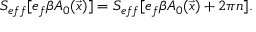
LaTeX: S _ { e f f } [ e _ { f } \beta A _ { 0 } ( \vec { x } ) ] = S _ { e f f } [ e _ { f } \beta A _ { 0 } ( \vec { x } ) + 2 \pi n ] .